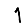
Digit: 1